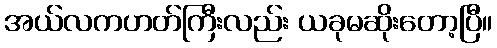
အယ်လကဟတ်ကြီးလည်း ယခုမဆိုးတော့ပြီ။